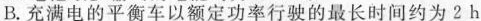
B. 充满电的平衡车以额定功率行驶的最长时间约为2 h